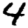
Digit: 4